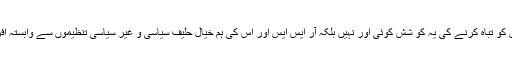
ملک کے امن و امان کو تباہ کرنے کی یہ کو شش کوئی اور نہیں بلکہ آر ایس ایس اور اس کی ہم خیال حلیف سیاسی و غیر سیاسی تنظیموں سے وابستہ افراد ہی کر رہے ہیں۔